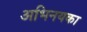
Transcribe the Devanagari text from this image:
अभिनयका